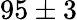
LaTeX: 95\pm 3